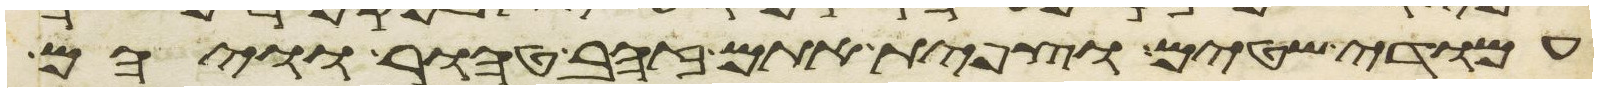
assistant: עמודי שטים וצפית אתם זהב טהור וויהם